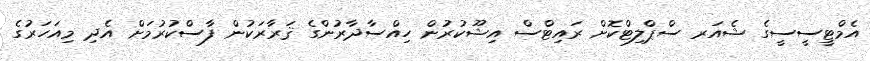
އެމްޓީސީސީގެ ޝެއަރ ސްޕްލިޓްކޮށް ރައިޓްސް އިޝޫކުރުން ހިއްސާދާރުންގެ ޤަރާރަކުން ފާސްކުރުމަށް އެދި މިއަހަރުގެ